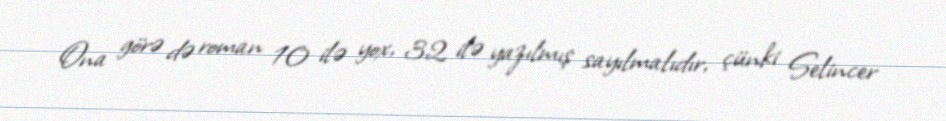
Ona görə də roman 10 ilə yox, 32 ilə yazılmış sayılmalıdır, çünki Selincer